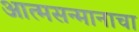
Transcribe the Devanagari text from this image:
आत्मसन्मानाचा